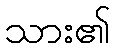
သား၏